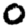
Digit: 0